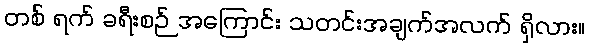
တစ် ရက် ခရီးစဉ် အကြောင်း သတင်းအချက်အလက် ရှိလား။